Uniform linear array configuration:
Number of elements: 12
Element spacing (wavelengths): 0.5
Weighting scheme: kaiser
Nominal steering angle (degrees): -15
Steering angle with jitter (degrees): -15.509
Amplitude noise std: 0.05
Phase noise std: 0.05

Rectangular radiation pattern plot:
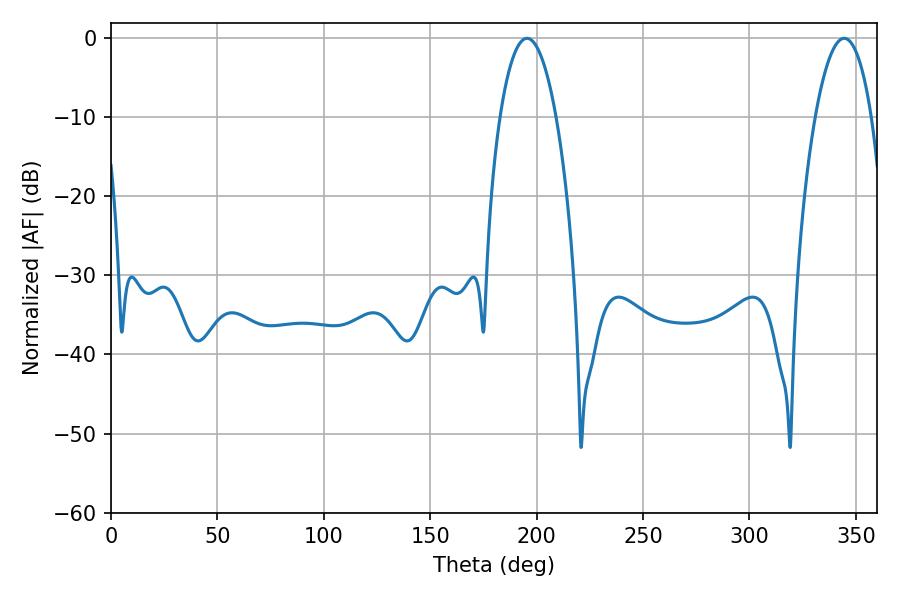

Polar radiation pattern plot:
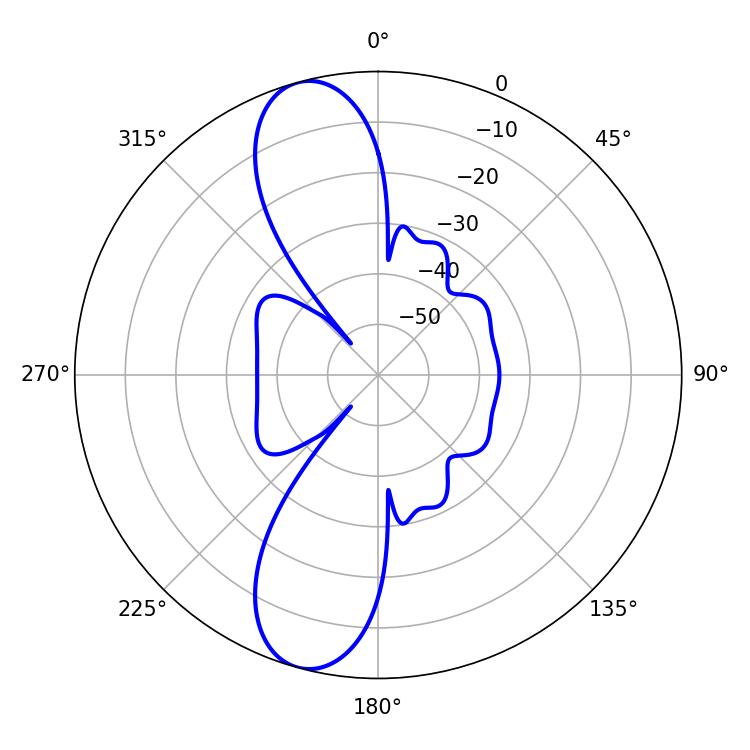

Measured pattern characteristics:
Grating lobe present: FALSE
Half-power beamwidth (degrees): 14.76
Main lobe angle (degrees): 195.48